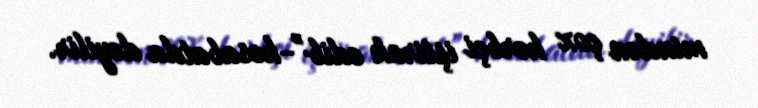
mindən çox hərbçi iştirak edib”-hesabatda deyilir.